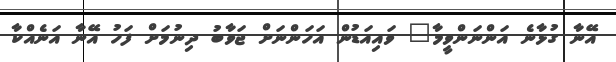
އޭނާ ގުޅާނެ އަންނަންވީމާ" ވައިއަޑުން އަހަންނަށް ޖަވާބު ދިނުމަށް ފަހު އޭނާ އަނެއްކާ